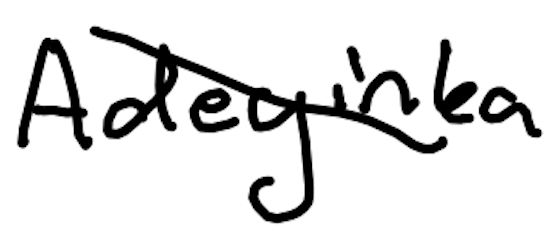
Text: Adeyinka
Cross-out: diagonal
Writing tool: digital_black